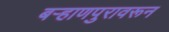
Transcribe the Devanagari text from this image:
बऱ्हाणपुरावरून